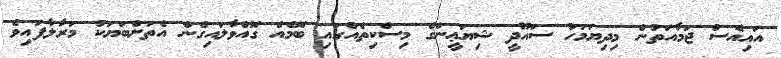
އައިއެސް ޖަމާއަތުން މިދިޔަމަހު ސައޫދީ ޝިޔަޢީންގެ މިސްކިތެއްގައި ބޮމެއް ގޮއްވާލައިގެން އެތަށްބަޔަކު މަރާލާފައިވެ